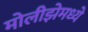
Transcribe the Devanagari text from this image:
मोलीझेमध्ये